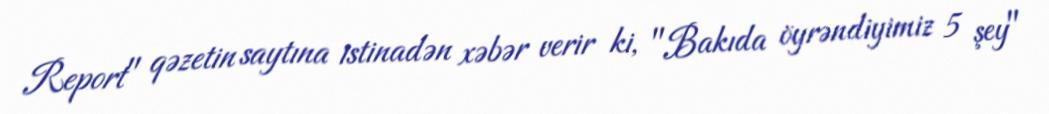
Report" qəzetin saytına istinadən xəbər verir ki, "Bakıda öyrəndiyimiz 5 şey"